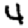
Digit: 4